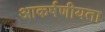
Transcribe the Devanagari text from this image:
आकर्षणीयता